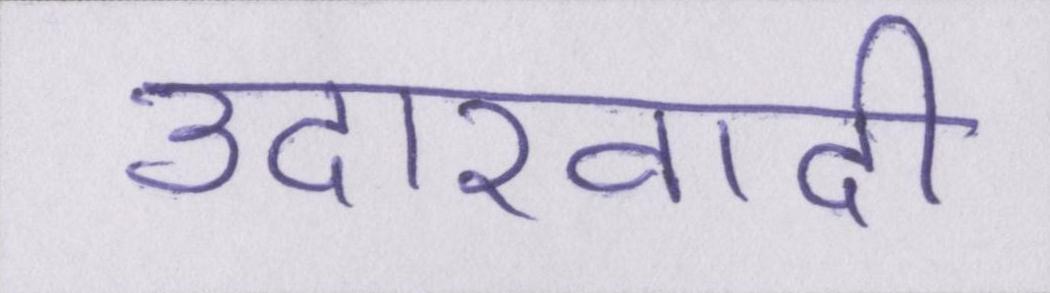
उदारवादी